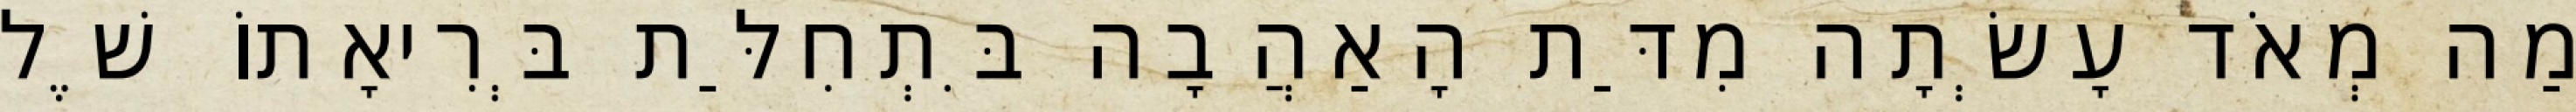
מַה מְאֹד עָשְׂתָה מִדַּת הָאַהֲבָה בִּתְחִלַּת בְּרִיאָתוֹ שֶׁל